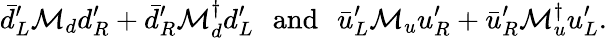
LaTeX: \bar{d}_{L}^{\prime}{\cal M}_{d}d_{R}^{\prime}+\bar{d}_{R}^{\prime}{\cal M}_{d}^{\dagger}d_{L}^{\prime}\, \, \, \, \mathrm{and}\, \, \, \, \bar{u}_{L}^{\prime}{\cal M}_{u}u_{R}^{\prime}+\bar{u}_{R}^{\prime}{\cal M}_{u}^{\dagger}u_{L}^{\prime}.